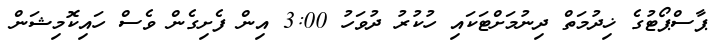
ޕާސްޕޯޓުގެ ޚިދުމަތް ދިނުމަށްޓަކައި ހުކުރު ދުވަހު 3:00 އިން ފެށިގެން ވެސް ހައިކޮމިޝަން